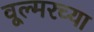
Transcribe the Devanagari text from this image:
वूल्मरच्या